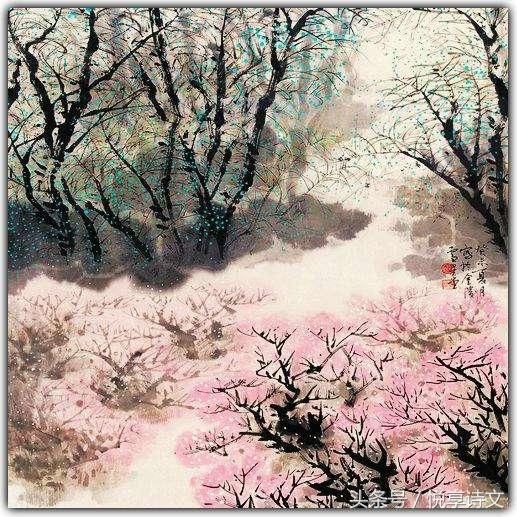
天平山上白云泉，云自无心水自闲。